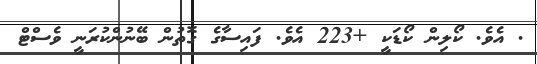
. އެވެ. ކޯލިން ކޯޑަކީ +223 އެވެ. ފައިސާގެ ގޮތުން ބޭނުންކުރަނީ ވެސްޓް